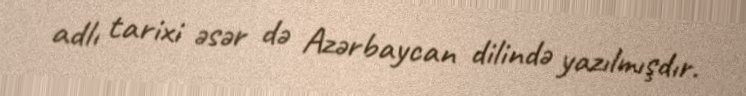
adlı tarixi əsər də Azərbaycan dilində yazılmışdır.